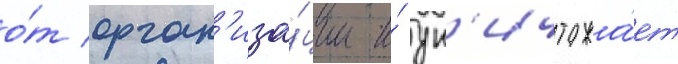
о́т орган'иза́ции и́ ун'ичтожа́ет